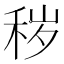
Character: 秽